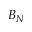
B _ { N }